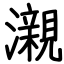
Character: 瀙